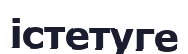
істетуге